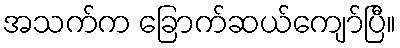
အသက်က ခြောက်ဆယ်ကျော်ပြီ။